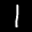
Label: 1